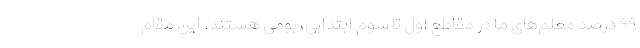
۹۹ درصد معلم‌های ما در مقاطع اول تا سوم ابتدایی، بومی هستند. این مقام